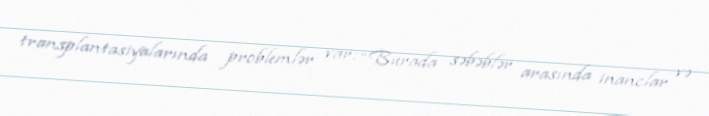
transplantasiyalarında problemlər var: “Burada səbəblər arasında inanclar və